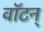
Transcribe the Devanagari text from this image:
वॉटन्